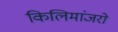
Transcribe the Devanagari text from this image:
किलिमांजरो